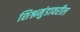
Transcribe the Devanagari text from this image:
शिश्नमुंडावरील